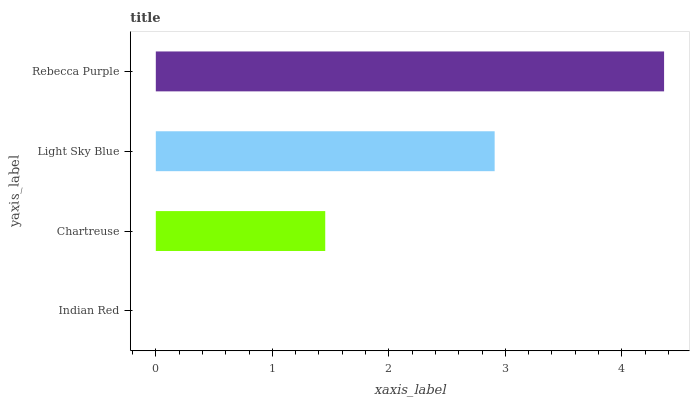
| yaxis_label | bars |
 | --- | --- |
 | Indian Red | 0 |
 | Chartreuse | 1.45 |
 | Light Sky Blue | 2.91 |
 | Rebecca Purple | 4.36 |